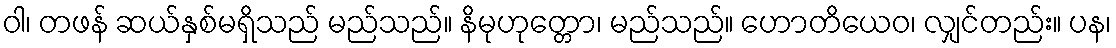
ဝါ၊ တဖန် ဆယ်နှစ်မရှိသည် မည်သည်။ နိမုဟုတ္တော၊ မည်သည်။ ဟောတိယေဝ၊ လျှင်တည်း။ ပန၊